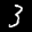
Label: 3